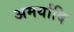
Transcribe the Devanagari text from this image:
अमर्यादि